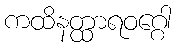
ကထိနတ္ထာရဝဂ္ဂေါ